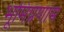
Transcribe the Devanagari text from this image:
भूमिप्रणाम